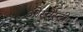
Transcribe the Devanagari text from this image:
ओस्वेस्ट्री